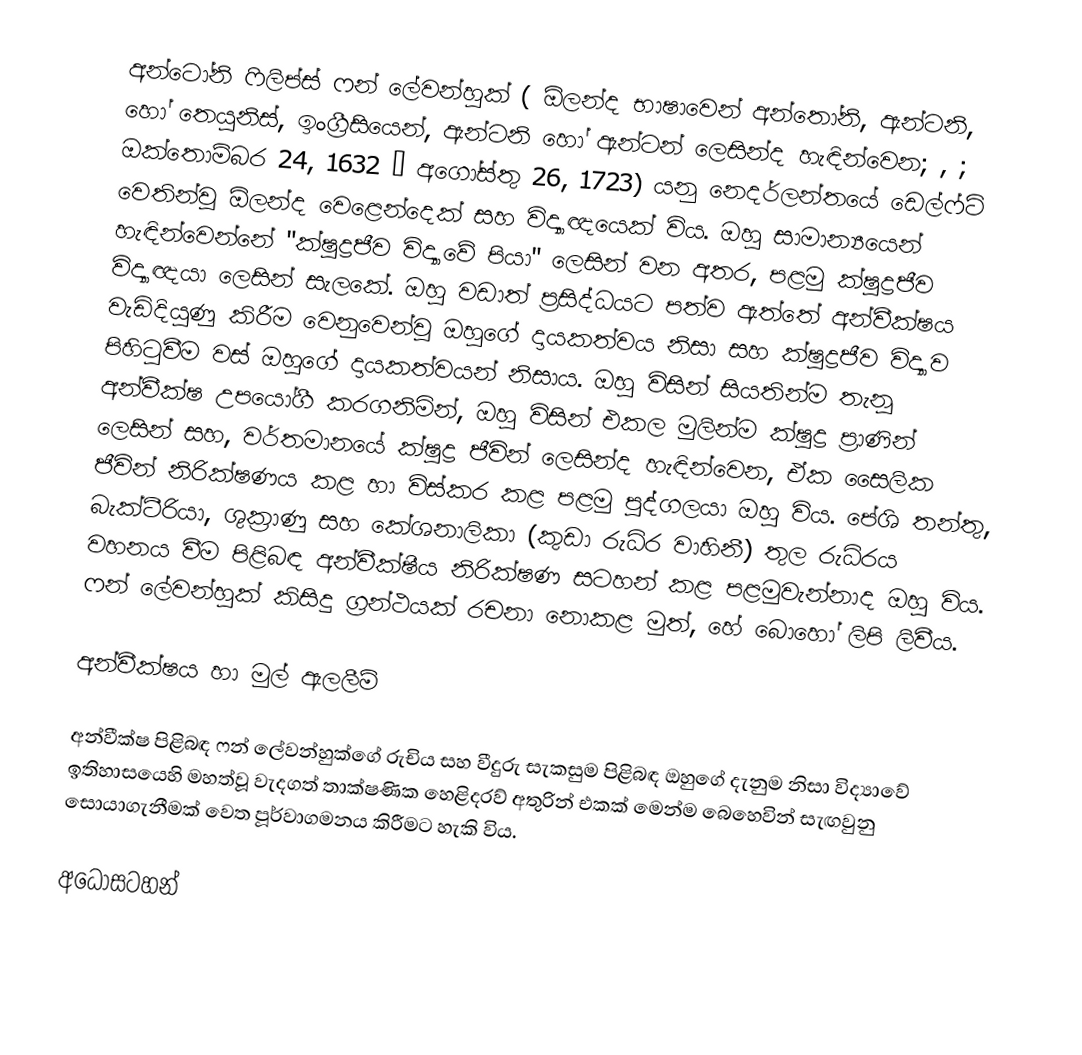
අන්ටෝනි ෆිලිප්ස් ෆන් ලේවන්හුක් ( ඕලන්ද භාෂාවෙන් අන්තෝනි, ඇන්ටනි, හෝ තෙයුනිස්, ඉංග්‍රීසියෙන්, ඇන්ටනි හෝ ඇන්ටන් ලෙසින්ද හැඳින්වෙන; , ; ඔක්තොම්බර 24, 1632 – අගෝස්තු 26, 1723) යනු  නෙදර්ලන්තයේ ඩෙල්ෆ්ට් වෙතින්වූ ඕලන්ද වෙළෙන්දෙක් සහ  විද්‍යාඥයෙක් විය. ඔහු සාමාන්‍යයෙන් හැඳින්වෙන්නේ  "ක්ෂුද්‍රජීව විද්‍යාවේ පියා" ලෙසින් වන අතර, පළමු ක්ෂුද්‍රජීව විද්‍යාඥයා ලෙසින් සැලකේ. ඔහු වඩාත් ප්‍රසිද්ධයට පත්ව ඇත්තේ  අන්වීක්ෂය වැඩිදියුණු කිරීම වෙනුවෙන්වූ ඔහුගේ දායකත්වය නිසා සහ ක්ෂුද්‍රජීව විද්‍යාව පිහිටුවීම වස් ඔහුගේ දායකත්වයන් නිසාය. ඔහු විසින් සියතින්ම තැනූ අන්වීක්ෂ උපයෝගී  කරගනිමින්, ඔහු විසින් එකල මුලින්ම  ක්ෂුද්‍ර ප්‍රාණින් ලෙසින් සහ, වර්තමානයේ ක්ෂුද්‍ර ජීවින් ලෙසින්ද හැඳින්වෙන, ඒක සෛලික ජීවින් නිරික්ෂණය කළ හා විස්කර කළ පළමු පුද්ගලයා ඔහු විය. පේශි තන්තු, බැක්ටීරියා, ශුක්‍රාණු සහ කේශනාලිකා (කුඩා රුධිර වාහිනී) තුල රුධිරය වහනය වීම පිළිබඳ අන්වීක්ෂීය නිරික්ෂණ සටහන් කළ පළමුවැන්නාද ඔහු විය. ෆන් ලේවන්හුක් කිසිදු ග්‍රන්ථයක් රචනා නොකළ මුත්, හේ බොහෝ ලිපි ලිවීය.

අන්වීක්ෂය හා මුල් ඇලලීම්

අන්වීක්ෂ පිළිබඳ ෆන් ලේවන්හුක්ගේ රුචිය සහ වීදුරු සැකසුම පිළිබඳ ඔහුගේ දැනුම නිසා විද්‍යාවේ ඉතිහාසයෙහි මහත්වූ වැදගත් තාක්ෂණික හෙළිදරව් අතුරින් එකක් මෙන්ම බෙහෙවින් සැඟවුනු සොයාගැනීමක් වෙත පූර්වාගමනය කිරීමට හැකි විය.

අධෝසටහන්